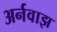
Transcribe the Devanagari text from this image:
अर्नवाझ